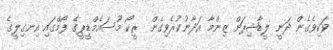
ވަކިވެގެން ދަނީ ލީޑާޝިޕަށް ޒިންމާ އަދާނުކުރެވިގެން  ރީކޯ މޫސައެމްޑީޕީގެ ފޯމްގައި އިނގިލީގެ